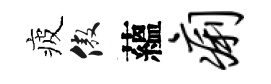
疲傲蘊痢